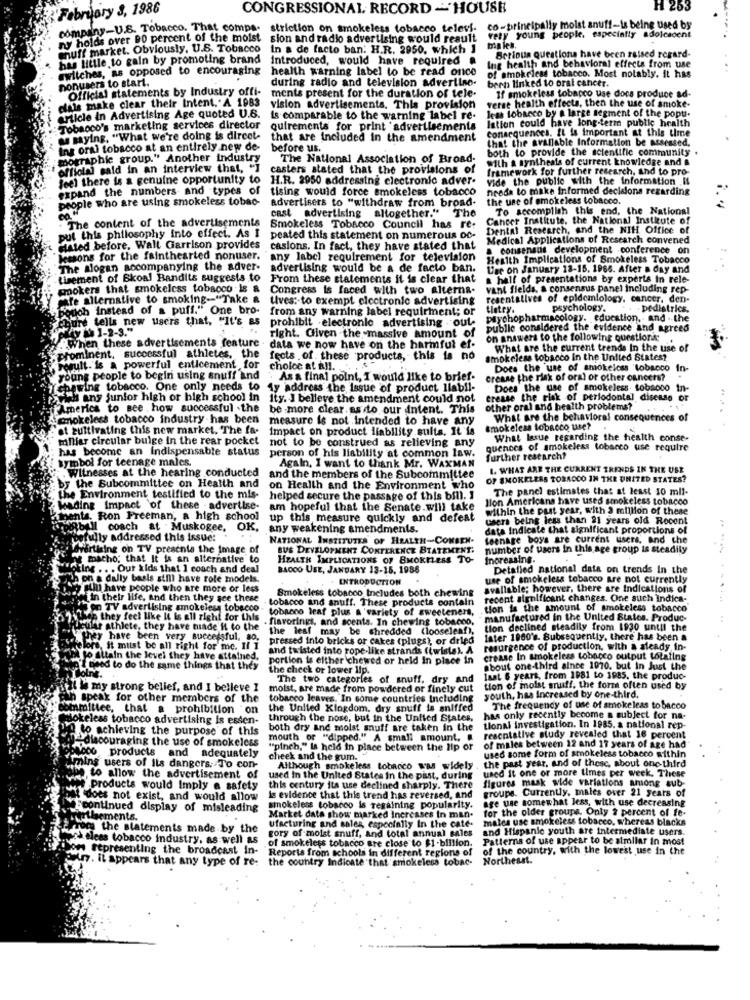
February 3, 1986
CONGRESSIONAL RECORD -HOUSE
H 25
company-U.S. Tobacco. That comps. striction on smokeless tobacco televi. co-principally moist snuff-is being used by
ny holds over BO percent of the moist
sion and radio advertising would result
vety young people. especially adolescent
enuff market. Obviously. U.S. Tobacco
In a de facto ban: H.R. 2950, which ]
has little to gain by promoting brand
Introduced, would have required a
Serious questions have been raised regard-
switches, as opposed to encouraging
health warning label to be read once
Ing health and behavioral effects from use
nonusers to start.
during radio and television advertise-
of smokeless tobacco. Most notably. It has
Official statements by Industry offi-
bern linked to oral cancer.
dals make clear their Intent. A 1983
ments present for the duration of tele-
If smokeless tobacco use docs produce ad-
vision advertisements. This provision
verse health effects, then the use of smoke-
less tobacco by @ large segment of the popu-
article in Advertising Age quoted U.S.
is comparable to the warning label re-
Istion could have long-term public health
Tobacco's marketing services director
quirements for print advertisements
Conacquences. It is Important at this time
u mying. "What we're doing is dircet-
that are included in the amendment
that the avanable Information be assessed.
Ins oral tobacco at an entirely new de-
before us.
both to provide the scientific community.
mographie group." Another industry
The National Association of Broad-
With a synthesis of current knowledge and &
official said in an interview that, "]
casters stated that the provisions of
framework for further research, And to pro-
feel there is a genuine opportunity to
H.R. 2950 addressing electronic adver-
vide the public with the Information .It
expand the numbers and types of
tising would force smokeless tobacco
needs to make informed decisions regarding
people who are using smokeless tobac-
advertisers to "withdraw from broad-
the use of smokeless tobacco.
cast advertising altogether."
The
To accomplish this end, the National
The content of the advertisements
Cancer Institute, the National Institute of
Smokeless Tobacco Council has re:
Dental Research, and the NIH Office of
put this philosophy into effect. As I
peated this statement on numerous oc-
Medical Applications of Research convened
stated before. Wall Garrison provides
casions. In fact, they have stated that
a consensus development conference on
lessons for the fainthearted nonuser.
any label requirement for television
Health Implications of Smokeless Tobacco
The alogan accompanying the adver- advertising would be a de facto ban.
Use on January 18-15. 1966. After a day and
Lisement of Skoal Bandits suggests to
From these statements it is clear that
a half of presentations by experts In rele-
pokers that smokeless tobacco is a
Congress is faced with two alterna-
vant fields, a consensus panel including rep-
ptfe alternative to smoking-"Take a tives :- to exempt electronic advertising
resentalives of epidemiology, cancer, den-
Bouch instead of a puff." One bro-
from any warning label requirment; or
tletey.
psychology.
.pediatrics.
psychopharmacology. education, and . the
chures tells new users that, "It's as prohibit .electronic advertising out
y 1-2-3."
publie considered the evidence and agreed
right. Given the massive amount of
on answers to the following questions:
"when these advertisements feature . data we now have on the harmful ef-
What are the current trends In the use of
prominent, successful athletes, the
fects . of . these products, this is no
smokeless tobacco in the United States?
borult. is a powerful enticement for
choice at all.
Does the use of smokeicss tobacco
In
young people to begin using snuff and
As a final point, I would like to brief-
crease the risk of oral or other cancers?
(chewing tobacco. One only needs to Ly address the issue of product llabil-
Does the use of smokeless tobacco In
Teh any junior high or high school in
Ity. I believe the amendment could not
crease the risk of periodontal disease o
America to see how successful .the
be -more clear as to our intent. This
other oral and health problems?
"cmokeless tobacco industry has been
measure is not intended to have any
What are the behavioral consequences of
at cultivating this new market. The fa-
impact on product liability sults. It is
smokeless tobacco use?
miliar circular bulge in the rear pocket
not to be construed as relieving any
What lasue regarding the health conse-
has become an Indispensable status
guences of smokeless tobacco use require
symbol for teenage males.
person of his liability at common law.
further research?
. Witnesses at the hearing conducted
Again, I want to thank Mr. WAXMAN
1. WHAT ARE THE CURRENT TRENDS IN THE USE
and the members of the Subcommittee
OF SMOKELESS TOBACCO IN THE UNITED STATES?
by the Subcommittee on Health and
on Health and the Environment who
The panel estimates that at least 10 mil-
the Environment testified to the mis-
helped secure the passage of this bill. 1
llon Americans have used smokeless tobacco
heading Impact of these . advertise-
am hopeful that the Senate.will take
within the past year, with a million of these
penta. Ron Freeman, a high school
up this measure quickly and defeat
users being less than 21 years old Recent
HRbill coach at Muskogee.
OK.
any weakening amendments.
data Indicate that significant proportions of
putwly addressed this issue:
NATIONAL INSTITUTES OF HEALTH-CONSEN-
teenage boys are current users, and the
wirtising on TV presenta the image of
BUS DEVELOPMENT CONFERENCE BTATEMENT.
number of users in this age group is steadily
macho; that It is an alternative to
HEALTH IMPLICATIONS OF SMOKELESS TO-
Increasing.
king .. . Our kids that 1 coach and deal
BADOO USE, JANUARY 13-15, 1986
Detalied national data on trends In the
on a dally basis still have role models.
INTRODUCTION .
use of smokeless tobacco are not currently
num have people who are more or less
Smokeless tobacco Includes both chewing
available; however, there are indications of
in their life, and then they see these
tobacco and snuff. These products contain
recent significant changes. One such indica-
SeTV advertising smokeless tobacco
tobacco leaf plus a 'variety of sweeteners,
tion is the amount of smokeless tobacco
Then they feel like Ii is all right for this
.flavorings, and scents. In chewing tobacco,
manufactured in the United States. Produc-
Ucular athlete, they have made'Il to the
the leaf may be shredded (looselen!),
tion declined steadily from 1930 until the
they have been very successful, ao,
pressed into bricks or cakes (plugs), or dried
later 1960's. Subsequently, there has been a
felore, it must be all right for me. If I
and twisted into rope-like strands (twistal. A
resurgence of production, with a aleady in-
to Allain the level they have attained.
portion is either chewed or held In place in
crease In smokeless tobacco output totaling
Paid to do the same things that they
the check or lower lip.
about one-third since 1070. but in Just the
The two categories of snuff, dry and
laat & years, from 1981 to 1985. the produc-
" We my strong belief, and I belleve 1
moist, are made from powdered or finely cut
tion of moist snuff, the form often used by
in speak for other members of the
tobacco leaves. In some countries Including
youth, has increased by one-third.
ommittee, that a prohibition on
the United Kingdom, dry snuff is sniffed
The frequency of use of smokeleas tobacco
Hokeless tobacco advertising is essen-
through the nose, but in the United States,
has only recently become a subject for na-
22 to achieving the purpose of this
both dry and moist snuff are taken in the
tional investigation. In 1985. a national rep-
discouraging the use of smokeless
mouth or "dipped." A small amount, &
reseniative study revealed that 16 percent
4600 products
and adequately
"pinch," is held in place between the lip or
used some form of smokeless tobacco within
of males between 12 and 17 years of age had
cheek and the gum.
mins users of its dangers. To con-
Although smokeless tobacco was widely
used it one or more times per week. These
the past year, and of thesc, about one-third
be to allow the advertisement of
used In the United States In the past, during
figures mask wide variations among sub
Products would Imply a safety
this century its use declined sharply. There
groups. Currently, males over 21 years of
{ does not exist, and would allow
Is evidence that this trend has reversed, and
age use somewhat less, with use decreasing
Leontinued display of misleading
smokeless tobacco is regaining popularity.
for the older groups. Only 2 percent of fe-
.Le lements.
Market data show marked Increases In man-
males use smokeless tobacco. whereas blacks
From the statements made by the
gory of moist snuff, and total annual sales
ufacturing and sales especially In the cate-
and Hispanic youth are intermediate users.
mod alees tobacco industry, as well as
of smokeless tobacco are close to $1-billion.
Patterns of use appear to be almllar in most
of the country. with the lowest use in the
Soms representing the broadcast in- Reports from schools in different regions of
un. it appears that any type of re: the country Indicate that smokeless tobac-
Northesst.